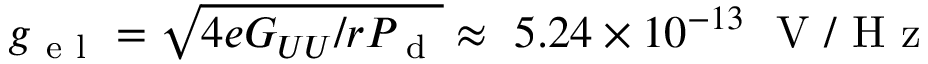
g _ { \mathrm { ~ e ~ l ~ } } = \sqrt { 4 e G _ { U U } / r P _ { \mathrm { ~ d ~ } } } \approx ~ 5 . 2 4 \times 1 0 ^ { - 1 3 } ~ \mathrm { ~ V ~ / ~ H ~ z ~ }